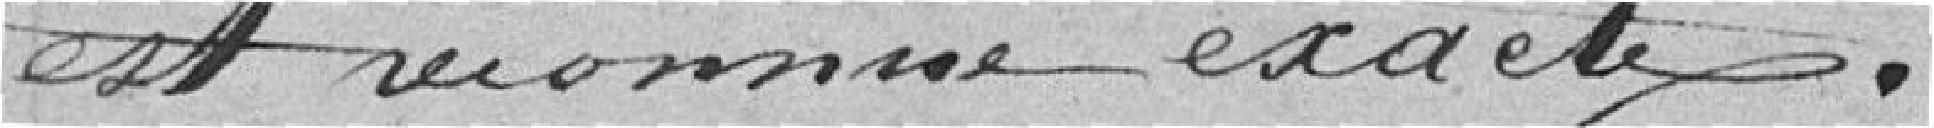
est reconnue exacte.